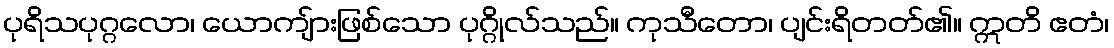
ပုရိသပုဂ္ဂလော၊ ယောကျ်ားဖြစ်သော ပုဂ္ဂိုလ်သည်။ ကုသီတော၊ ပျင်းရိတတ်၏။ ဣတိ ဧတံ၊